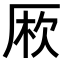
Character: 𠩱